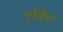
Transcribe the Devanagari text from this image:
टर्बिड